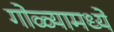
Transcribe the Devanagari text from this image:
गोळ्यामध्ये